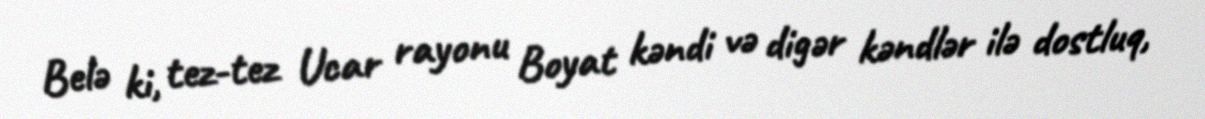
Belə ki, tez-tez Ucar rayonu Boyat kəndi və digər kəndlər ilə dostluq,